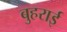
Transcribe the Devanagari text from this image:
बुहराई